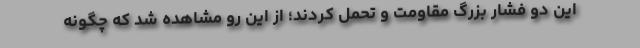
این دو فشار بزرگ مقاومت و تحمل کردند؛ از این رو مشاهده شد که چگونه